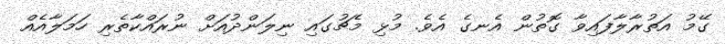
ގޭމު އަތުރާލާފައިވާ ގޮތުން އެނގެ އެވެ. މުޅި މެޗުގައި ނިލަންދުއަށް ނުރައްކާތެރި ހަމަލާއެއް